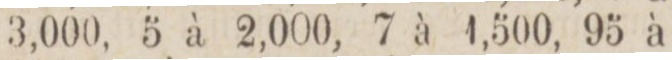
3,000, 5 à 2,000, 7 à 1,500, 95 à